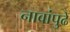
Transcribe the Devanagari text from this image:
नावांपुढे